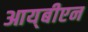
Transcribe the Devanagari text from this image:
आय्‌बीएन